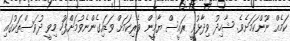
ކަމެއް ނޫންކަމަށެވެ. ޝާހިދު ވިދާޅުވީ ރައީސް ޔާމީން ވެރިކަމަށް ވަޑައިގެންނެވުމަށްފަހު މިވީ ދުވަސްތަކުގައި